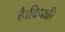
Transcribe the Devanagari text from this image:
है।विपक्षी